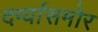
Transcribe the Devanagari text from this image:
दर्ग्यासमोर